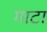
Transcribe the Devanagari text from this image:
गाटा